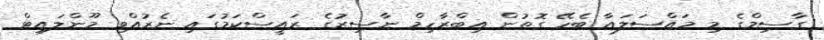
ގާސިމްގެ މި މައްސަލައާ ބެހޭ ގޮތުން އިބްރާހިމް ނާސިރުގެ ރައީސްކަމުގައި ނެރުއްވި މޫންލައިޓް